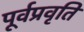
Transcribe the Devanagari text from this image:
पूर्वप्रवृति